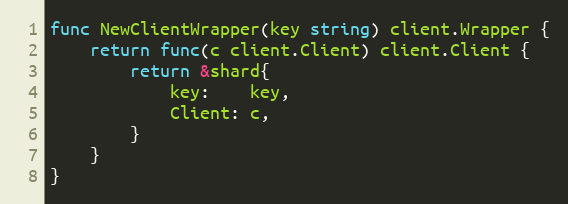
Language: Go
func NewClientWrapper(key string) client.Wrapper {
	return func(c client.Client) client.Client {
		return &shard{
			key:    key,
			Client: c,
		}
	}
}